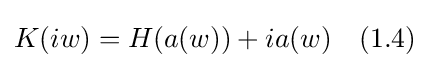
K(iw)=H(a(w))+ia(w)\quad (1.4)